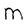
Character: M